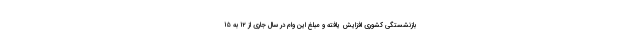
بازنشستگی کشوری افزایش یافته و مبلغ این وام در سال جاری از ۱۲ به ۱۵